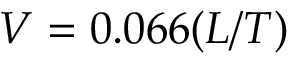
V = 0 . 0 6 6 ( L / T )